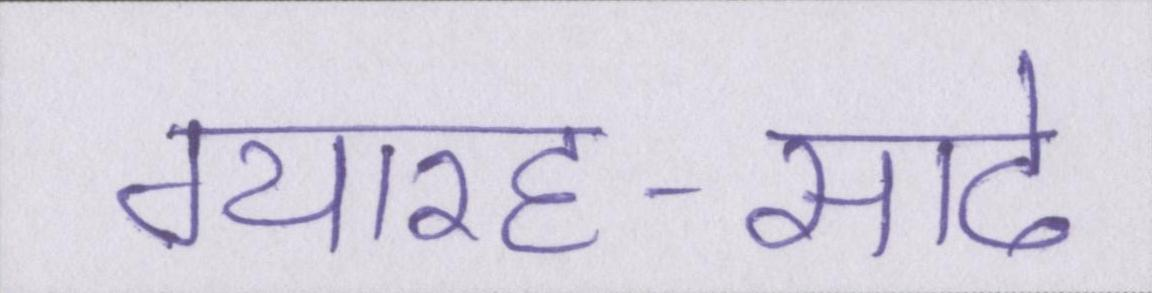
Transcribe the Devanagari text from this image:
ग्यारह-साढे